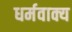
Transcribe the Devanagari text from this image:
धर्मवाक्य